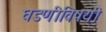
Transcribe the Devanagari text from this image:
घडणीविषयी